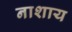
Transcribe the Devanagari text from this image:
नाशाय